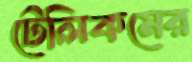
টেলিকমের